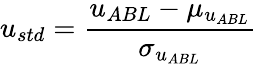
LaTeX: u_{std}=\frac{u_{ABL}-\mu_{u_{ABL}}}{\sigma_{u_{ABL}}}